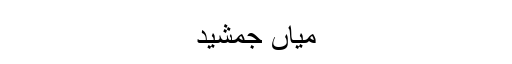
میاں جمشید